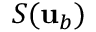
S ( { \mathbf { u } } _ { b } )